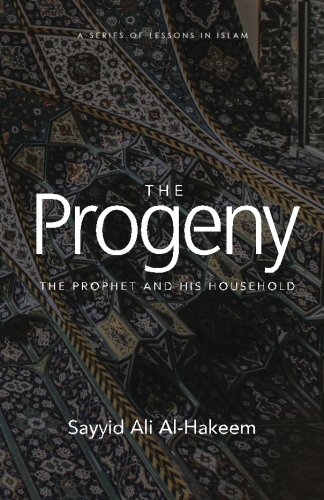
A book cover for The Progeny: The Prophet and His Household (Lessons in Islam); Sayyid Ali Al-Hakeem; Religion & Spirituality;